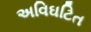
અવિઘટિત